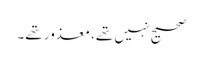
صحیح نہیں تھے، معذور تھے۔